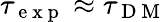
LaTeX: \tau_{\mathrm{~e~x~p~}}\approx\tau_{\mathrm{~D~M~}}